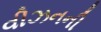
વીઝનની